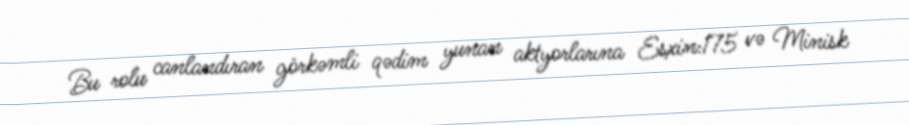
Bu rolu canlandıran görkəmli qədim yunan aktyorlarına Esxin:175 və Minisk